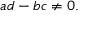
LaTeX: a d - b c \neq 0 .